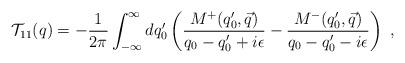
LaTeX: \begin{align*}{\cal T}_{11}(q) = -\frac{1}{2\pi} \int_{-\infty}^{\infty} d q_0^\prime\left( \frac{M^+(q_0^\prime, \vec{q})}{q_0-q_0^\prime +i \epsilon} - \frac{M^-(q_0^\prime, \vec{q})}{q_0-q_0^\prime -i \epsilon} \right)~,\end{align*}